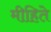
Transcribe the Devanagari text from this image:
मीहिते